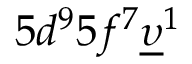
5 d ^ { 9 } 5 f ^ { 7 } \underline { { \upsilon } } ^ { 1 }